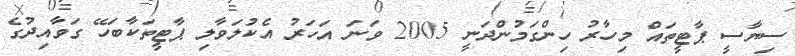
ސިޔާސީ ޕާޓީތައް މިހާރު ހިންގަމުންދަނީ 2005 ވަނަ އަހަރު އެކުލަވާލި ޕާޓީތަކާބަހޭ ގަވާއިދުގެ